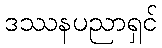
ဒဿနပညာရှင်